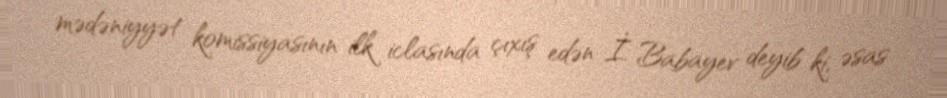
mədəniyyət komissiyasının ilk iclasında çıxış edən İ. Babayev deyib ki, əsas